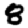
Digit: 8